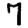
Digit: 7